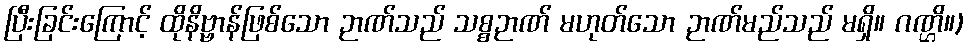
ပြီးခြင်းကြောင့် ထိုနိဗ္ဗာန်ဖြစ်သော ဉာဏ်သည် သစ္စဉာဏ် မဟုတ်သော ဉာဏ်မည်သည် မရှိ။ ဂဏ္ဌိ။)